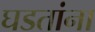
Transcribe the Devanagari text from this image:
घडतांना